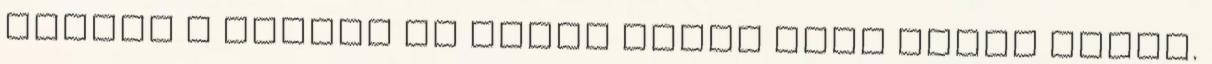
veszem a lángot és lassú tűzön fedő alatt főzöm.